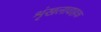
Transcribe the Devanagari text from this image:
शृंखलावाहक